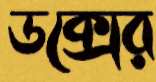
ডক্সের